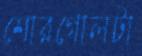
শোরগোলটা